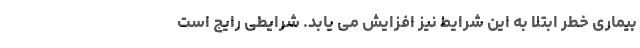
بیماری خطر ابتلا به این شرایط نیز افزایش می یابد. شرایطی رایج است